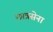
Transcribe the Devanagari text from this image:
छात्रसेना